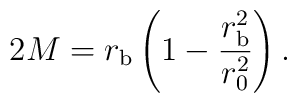
2 M = r_{\rm b} \left( 1 - \frac{r_{\rm b}^2}{r_0^2} \right).